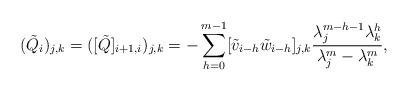
LaTeX: \begin{align*}(\tilde{Q}_i)_{j,k}=([\tilde{Q}]_{i+1,i})_{j,k}=-\sum_{h=0}^{m-1}[\tilde{v}_{i-h} \tilde{w}_{i-h}]_{j,k}\frac{\lambda_j^{m-h-1}\lambda_k^h}{\lambda_j^m-\lambda_k^m},\end{align*}